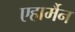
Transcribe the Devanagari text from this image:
एहार्मैन